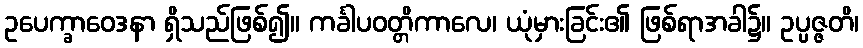
ဥပေက္ခာဝေဒနာ ရှိသည်ဖြစ်၍။ ကင်္ခါပဝတ္တိကာလေ၊ ယုံမှားခြင်း၏ ဖြစ်ရာအခါ၌။ ဥပ္ပဇ္ဇတိ၊